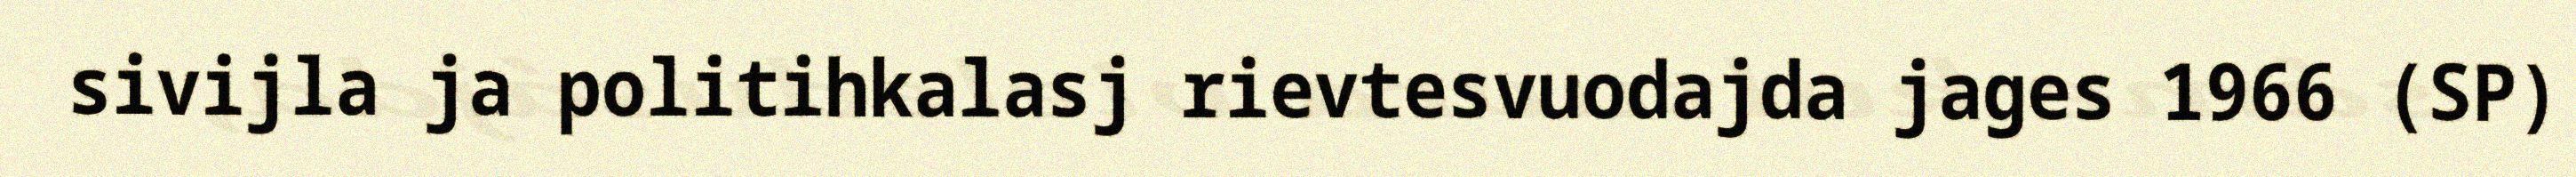
sivijla ja politihkalasj rievtesvuodajda jages 1966 (SP)